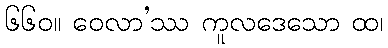
၆၆၀။ ဝေလာ’ဿ ကူလဒေသော ထ၊